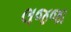
લજજા